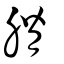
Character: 膌